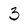
Character: 3